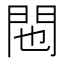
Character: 𬮆